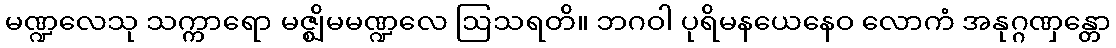
မဏ္ဍလေသု သက္ကာရော မဇ္ဈိမမဏ္ဍလေ ဩသရတိ။ ဘဂဝါ ပုရိမနယေနေဝ လောကံ အနုဂ္ဂဏှန္တော